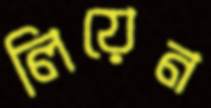
লিয়েন